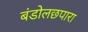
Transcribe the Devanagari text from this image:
बंडोलछपारा